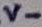
Text: V-